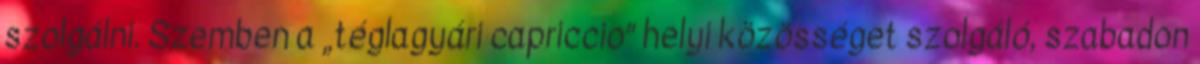
szolgálni. Szemben a „téglagyári capriccio” helyi közösséget szolgáló, szabadon